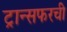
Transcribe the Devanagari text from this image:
ट्रान्सफरची